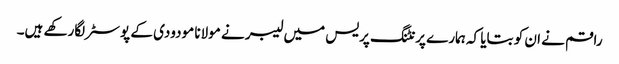
راقم نے ان کو بتایا کہ ہمارے پرنٹنگ پریس میں لیبر نے مولانا مودودی کے پوسٹر لگارکھے ہیں۔